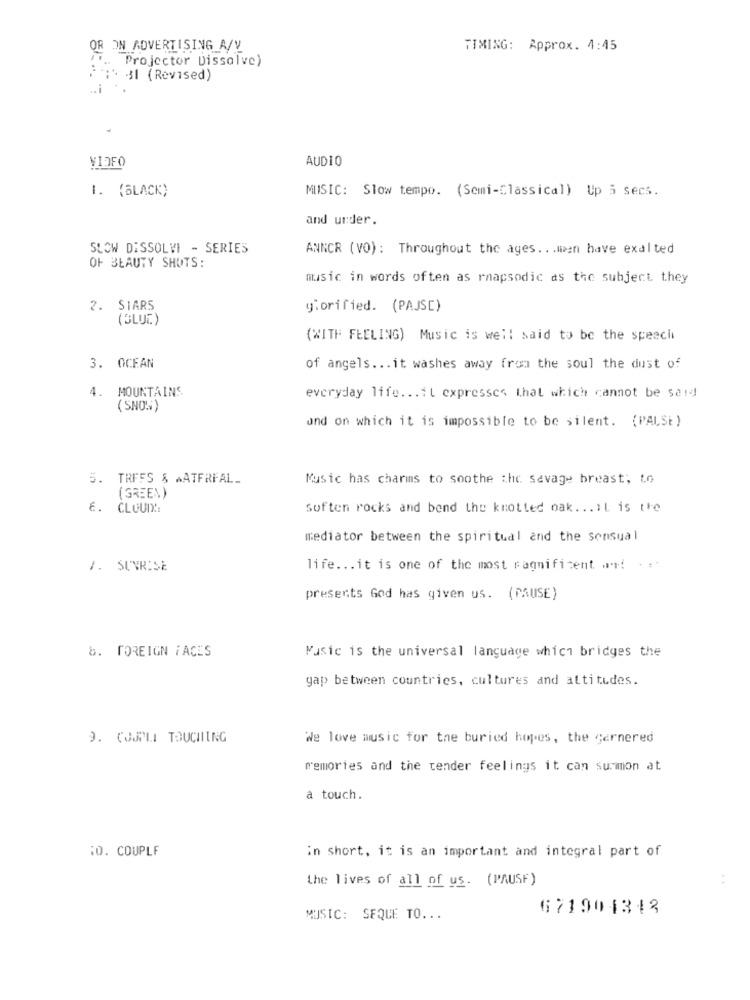
OR ON ADVERTISING A/V
TIMING: Approx. 4:45
Projector Dissolve)
31 (Revised)
.. i
VIDEO
AUD10
1. (BLACK)
MUSIC: Slow tempo. (Semi-Classical) Up 3 secs.
and under.
SLOW DISSOLVI - SERIES
ANNOR (VO): Throughout the ages. . . men have exalted
OF BEAUTY SHOTS:
music in words often as rnapsodic as the subject they
2. STARS
glorified. (PAJS[)
(BLUE)
(WITH FEELING) Music is well said to be the speech
3. OCEAN
of angels ... it washes away from the soul the dust of
4. MOUNTAINS
everyday life ... 11 expresses that which cannot be said
( SNOW)
und on which it is impossible to be silent. (PALSE)
5. TRFFS & AATFRFAL_
Music has charms to soothe the savage breast, Lo
( GREEN)
E. CLOUIX:
Soften rocks and bend the knotted oak ... IL is the
mediator between the spiritual and the sensual
7. SUNRISE
life ... it is one of the most magnificent. ... . :*
presents God has given us. (PAUSE)
8. FOREIGN FACES
Music is the universal language which bridges the
gap between countries, cultures and attitudes.
9. COJPLI TOUCHING
We love music for the buried hopes, the gernered
memories and the tender feelings it can surmon at
a touch.
10. COUPLE
in short, it is an important and integral part of
the lives of all of us. (PAUSE)
671904343
MUSIC: SEQUE TO ...